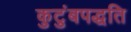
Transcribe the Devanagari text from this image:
कुटुंबपद्धति